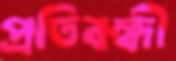
প্রতিবন্ধী